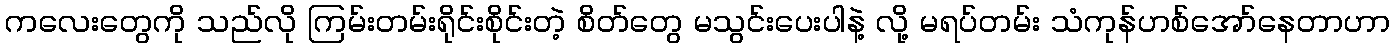
ကလေးတွေကို သည်လို ကြမ်းတမ်းရိုင်းစိုင်းတဲ့ စိတ်တွေ မသွင်းပေးပါနဲ့ လို့ မရပ်တမ်း သံကုန်ဟစ်အော်နေတာဟာ